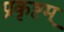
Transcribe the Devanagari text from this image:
प्रकृष्टम्